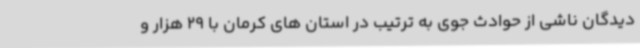
دیدگان ناشی از حوادث جوی به ترتیب در استان های کرمان با 29 هزار و